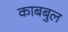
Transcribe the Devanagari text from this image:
काबबुल